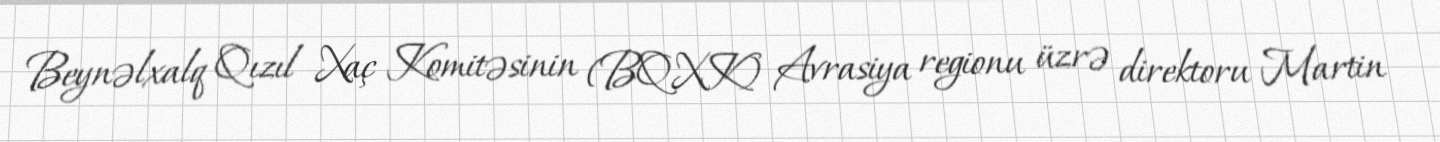
Beynəlxalq Qızıl Xaç Komitəsinin (BQXK) Avrasiya regionu üzrə direktoru Martin